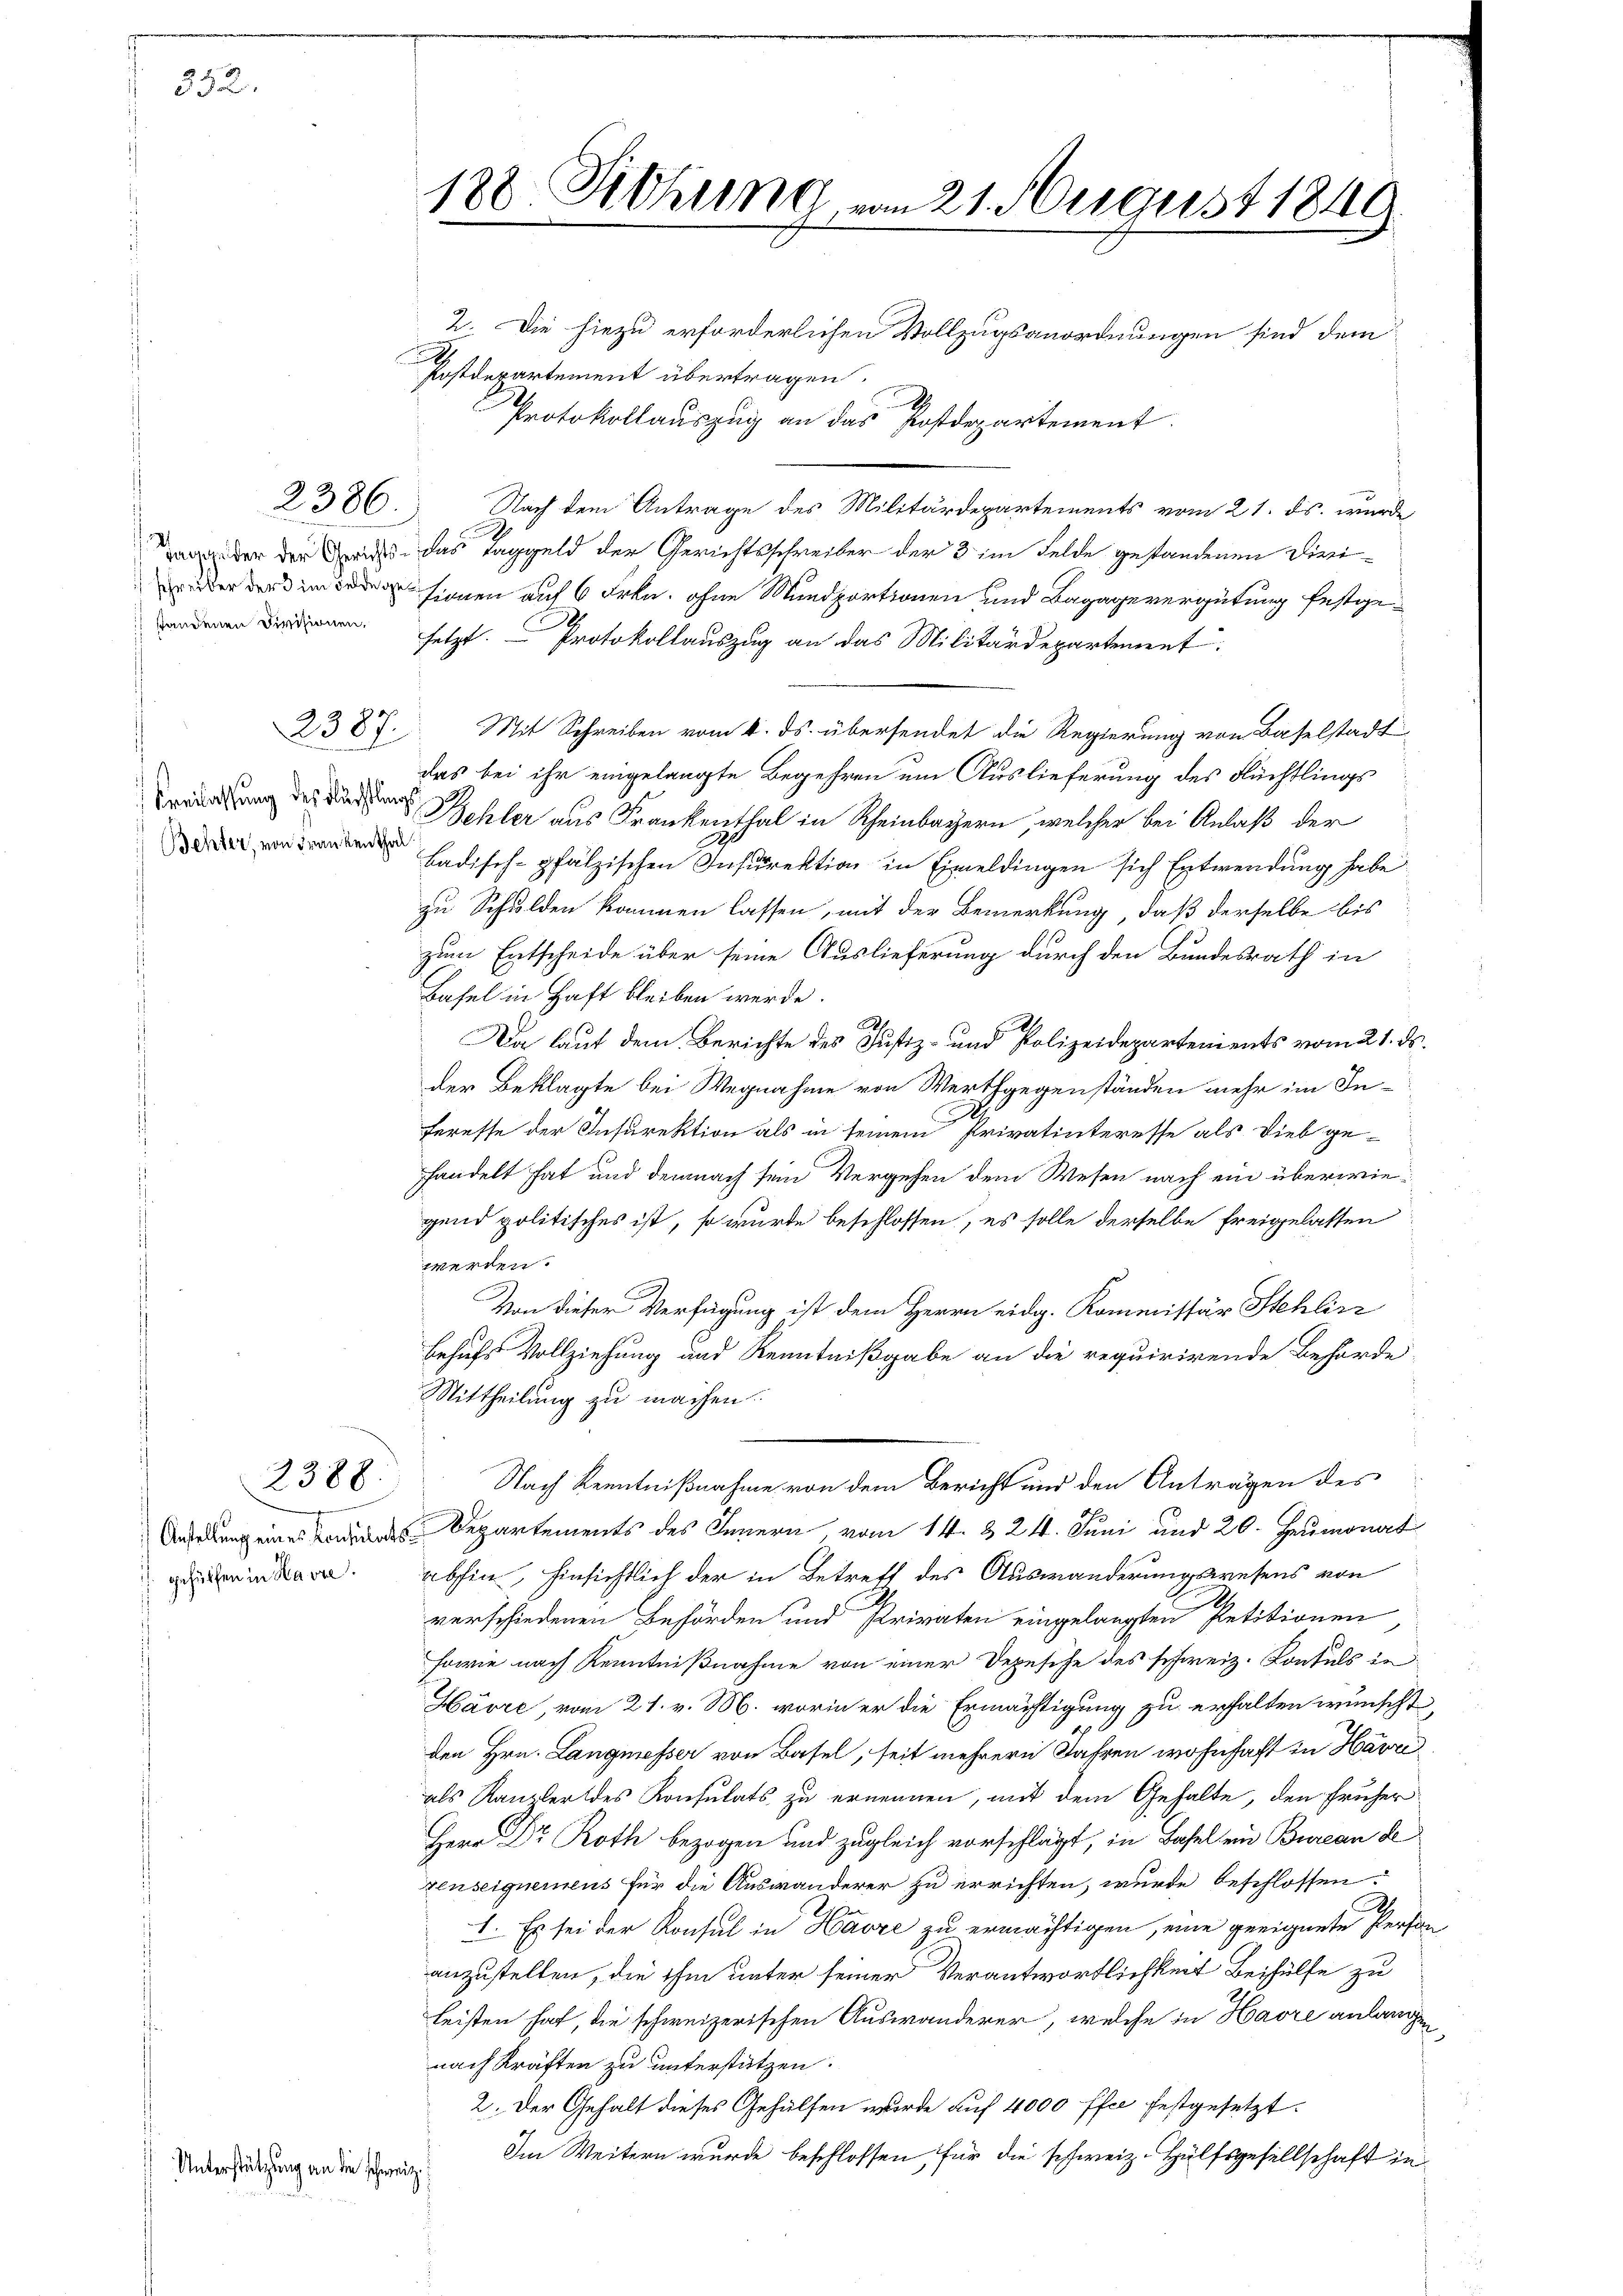
352.

2386.

Behter, von Frankenthal

g
Anstellung eines Konsulats
gehülfen in Havre.

2388.

Unterstützung an die schweiz.

.

188 Rohung vom 21. August 1849

2. Die hiezu erforderlichen Vollzugsanordnungen sind dem
Postdepartement übertragen.
I
Protokollauszug an das Postdepartement
Nach dem Antrage des Militärdepartements vom 21. ds. wurde
der die Dich das Taggeld der Gerichtsschreiber der 3 im Felde gestandenen Diesi¬
Eignen auf 6 Frkn. ohne Mundportionen und Bagagevergütung festge¬
 setzt. Protokollauszug an das Militärdepartement
2387. Mit Schreiben vom 4. ds. übersendet die Regierung von Baselstadt
das bei ihr eingelangte Begehren um Auslieferung des Flüchtlings
g des der Behler aus Frankenthal in Rheinbayern, welcher bei Anlaß der
badisch-pfälzischen Instrektion in Eimeldingen sich Entwendung habe
zu Schulden kommen lassen, mit der Bemerkung, daß derselbe bis
zum Entscheide über seine Auslieferung durch den Bundesrath in
Basel in Haft bleiben werde.
Da laut dem Berichte des Justiz- und Polizeidepartements vom 21. ds.
der Beklagte bei Wegnahme von Werthgegenständen mehr im Inferesse der Infirektion als in seinem Privatinteresse als Dieb ge-
handelt hat und demnach sein Vergehen dem Wesen nach ein überwiegend politisches ist, so wurde beschlossen, es solle derselbe freigelassen
werden.
Von dieser Verfügung ist dem Herrn eidg. Kommissär Stehlirz
behufs Vollziehung und Kenntnißgabe an die requirirende Behörde
Mittheilung zu machen.
Nach Kenntnißnahme von dem Bericht und den Anträgen des
Departements des Innern, vom 14. & 24. Juni und 20. Heumonat
abhin, hinsichtlich der in Betreff des Auswanderungswesens von
verschiedenen Behörden und Privaten eingelangten Petitionen
sowie nach Kenntnißnahme von einer Depesche des schweiz. Konsuls in
Havre, vom 21. v. M. worin er die Ermächtigung zu erhalten wünscht,
den Hrn. Langmesser von Basel, seit mehrere Jahren wohnhaft in Harri
als Kanzler des Konsulats zu ernennen, mit dem Gehalte, den früher
Herr Dr Roth bezogen und zugleich vorschlägt, in Basel ein Bureau de
xenseignemens für die Auswanderer zu errichten, wurde beschlossen.
d
I. Es sei der Konsul in Harze zu ermächtigen, eine geeignete Person
anzustellen, die ihm unter seiner Verantwortlichkeit Beihülfe zu
leisten hat, die schweizerischen Auswanderer, welche in Havre anlangen
nach Kräften zu unterstützen.
2. Der Gehalt dieses Gehülfen wurde auf 4000 ffee festgesetzt.
Im Weitern wurde beschlossen für die schweiz. Hülfsgesellschaft in